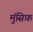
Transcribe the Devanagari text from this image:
मुंसिफ़